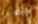
الحنجرة